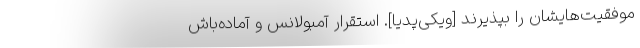
موفقیت‌هایشان را بپذیرند [ویکی‌پدیا]. استقرار آمبولانس و آماده‌باش